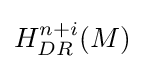
H_{DR}^{n+i}(M)